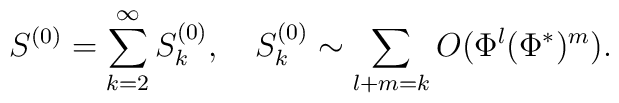
S^{(0)}=\sum_{k=2}^\infty S^{(0)}_k,\quad S^{(0)}_k\sim\sum_{l+m=k}O(\Phi^l(\Phi^*)^m).